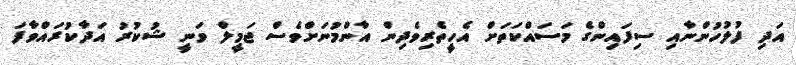
އަދި ފުލުހުންނާއި ސިފައިންގެ މަސައްކަތަށް އެހީތެރިވެދިން އާންމުނަށްވެސް ޖަމީލް ވަނީ ޝުކުރު އަދާކުރައްވާފަ